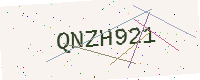
Text: QNZH921